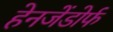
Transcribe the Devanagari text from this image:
हेनजेंडोर्फ